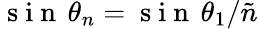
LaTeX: \mathrm{~s~i~n~}\, \theta_{n}=\mathrm{~s~i~n~}\, \theta_{1}/\tilde{n}